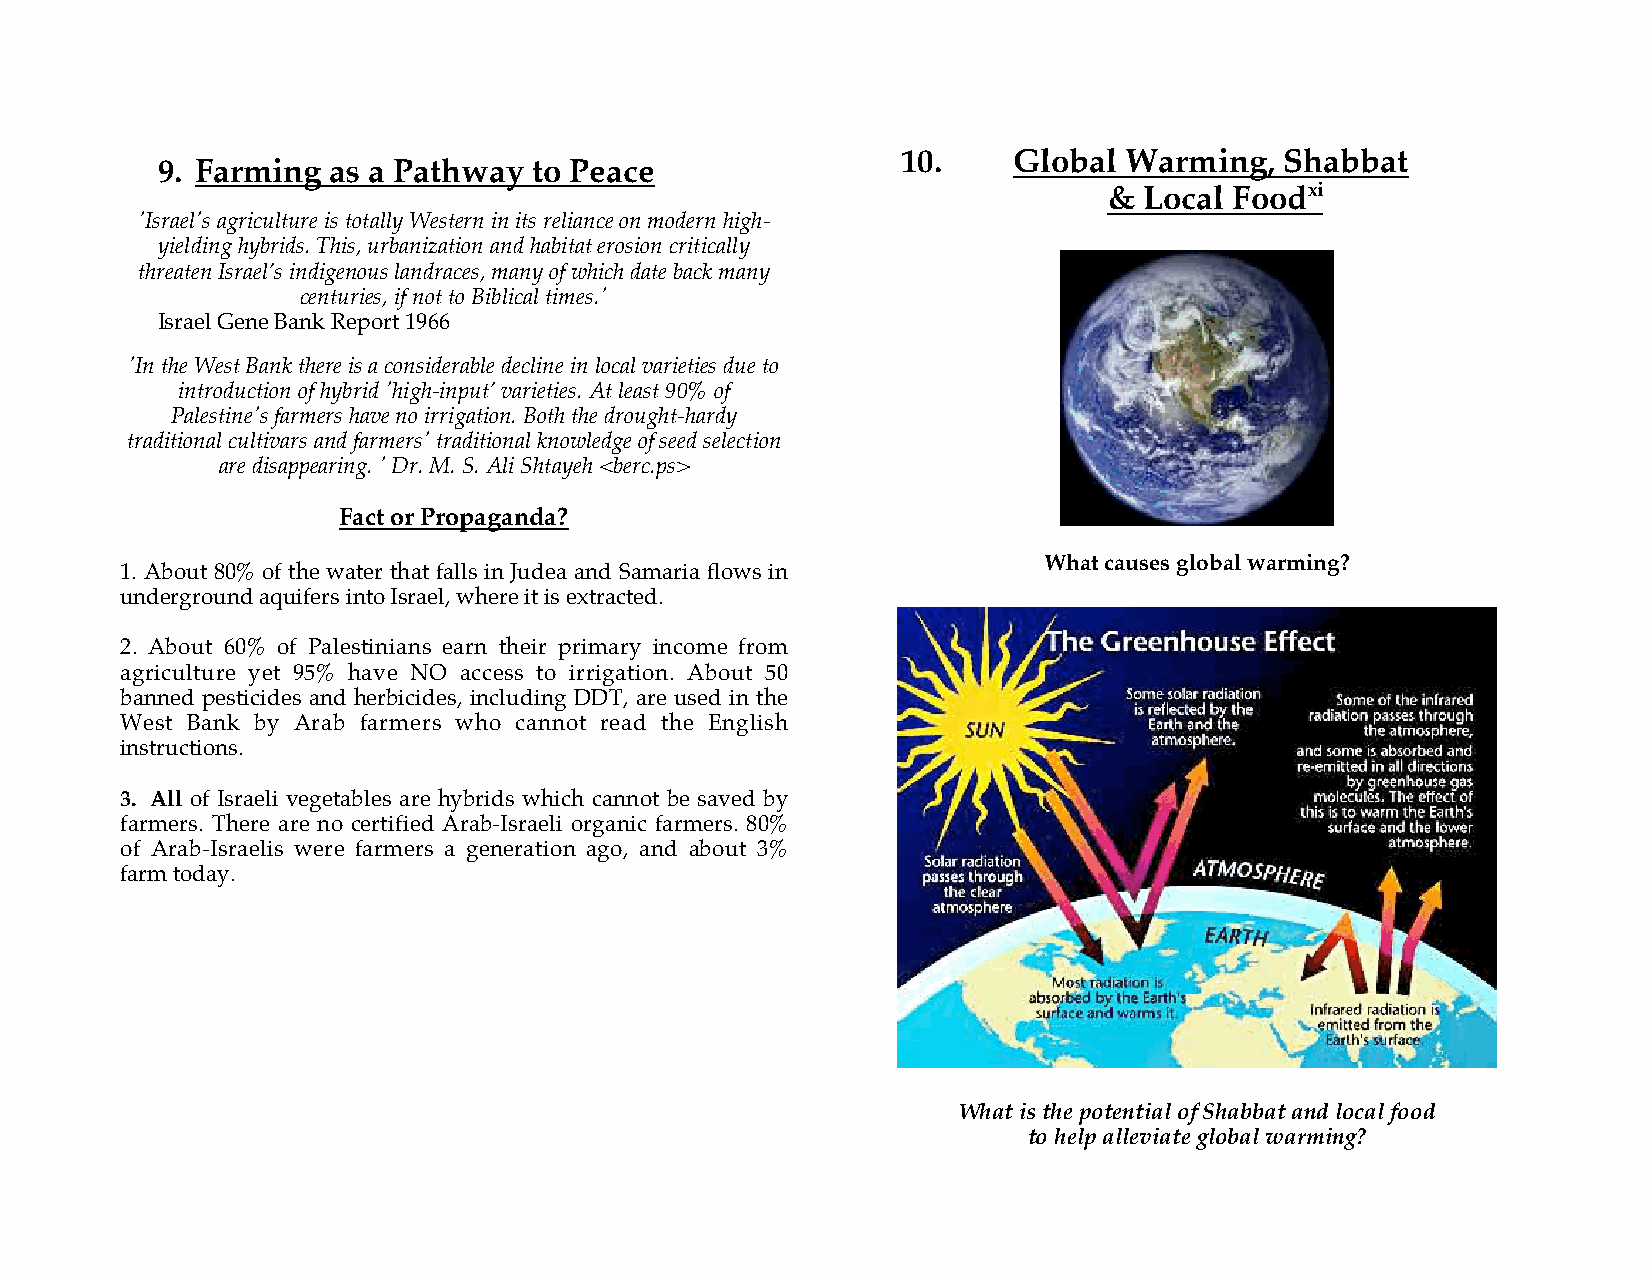
10.    Global Warming,   Shabbat
 9. Farming  as a Pathway to Peace
 &  Local Foodxi
 'Israel's agriculture is totally Western in its reliance on modern high-
 yielding hybrids. This, urbanization and habitat erosion critically
 threaten Israel’s indigenous landraces, many of which date back many
 centuries, if not to Biblical times.'
 Israel Gene Bank Report 1966
 'In the West Bank there is a considerable decline in local varieties due to
 introduction of hybrid 'high-input’ varieties. At least 90% of
 Palestine's farmers have no irrigation. Both the drought-hardy
 traditional cultivars and farmers' traditional knowledge of seed selection
 are disappearing. ' Dr. M. S. Ali Shtayeh <berc.ps>
 Fact or Propaganda?
 What causes global warming?
 1. About 80% of the water that falls in Judea and Samaria flows in
 underground aquifers into Israel, where it is extracted.
 2. About 60% of Palestinians earn their primary income from
 agriculture yet 95% have NO access to irrigation. About 50
 banned pesticides and herbicides, including DDT, are used in the
 West Bank by Arab farmers who cannot read the English
 instructions.
 3. All of Israeli vegetables are hybrids which cannot be saved by
 farmers. There are no certified Arab-Israeli organic farmers. 80%
 of Arab-Israelis were farmers a generation ago, and about 3%
 farm today.
 What is the potential of Shabbat and local food
 to help alleviate global warming?